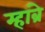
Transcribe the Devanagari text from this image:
म्हांब्रे